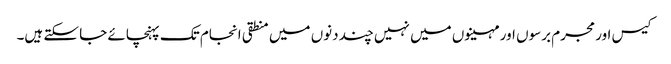
کیس اور مجرم برسوں اور مہینوں میں نہیں چند دنوں میں منطقی انجام تک پہنچائے جا سکتے ہیں۔